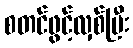
စတင်ဖွင့်လှစ်ပြီး